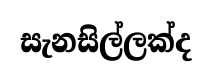
සැනසිල්ලක්ද